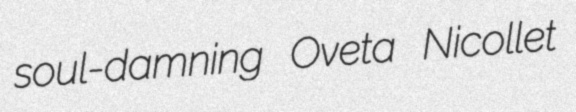
soul-damning Oveta Nicollet